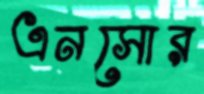
এনসোর